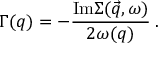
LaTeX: \Gamma ( q ) = - \frac { \mathrm { I m } \Sigma ( \vec { q } , \omega ) } { 2 \omega ( q ) } \: .